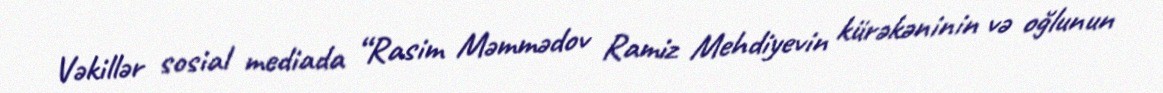
Vəkillər sosial mediada “Rasim Məmmədov Ramiz Mehdiyevin kürəkəninin və oğlunun